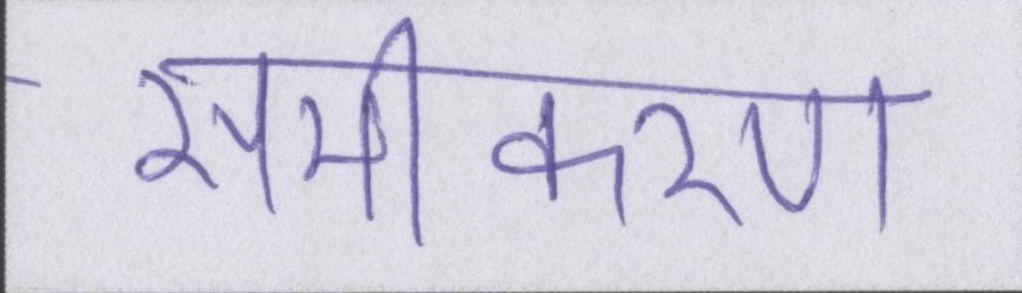
समीकरण